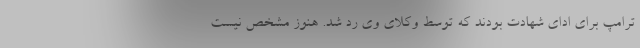
ترامپ برای ادای شهادت بودند که توسط وکلای وی رد شد. هنوز مشخص نیست